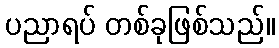
ပညာရပ် တစ်ခုဖြစ်သည်။